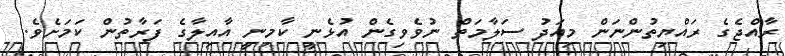
ރާއްޖެގެ ރައްޔިތުންނަން މިއަދު ސަލާމަތް ނުވެވިގެން އުޅެނީ ކާމިނީ އާއިލާގެ ފަރާތުން ކަމަށެވެ.